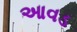
આવડ